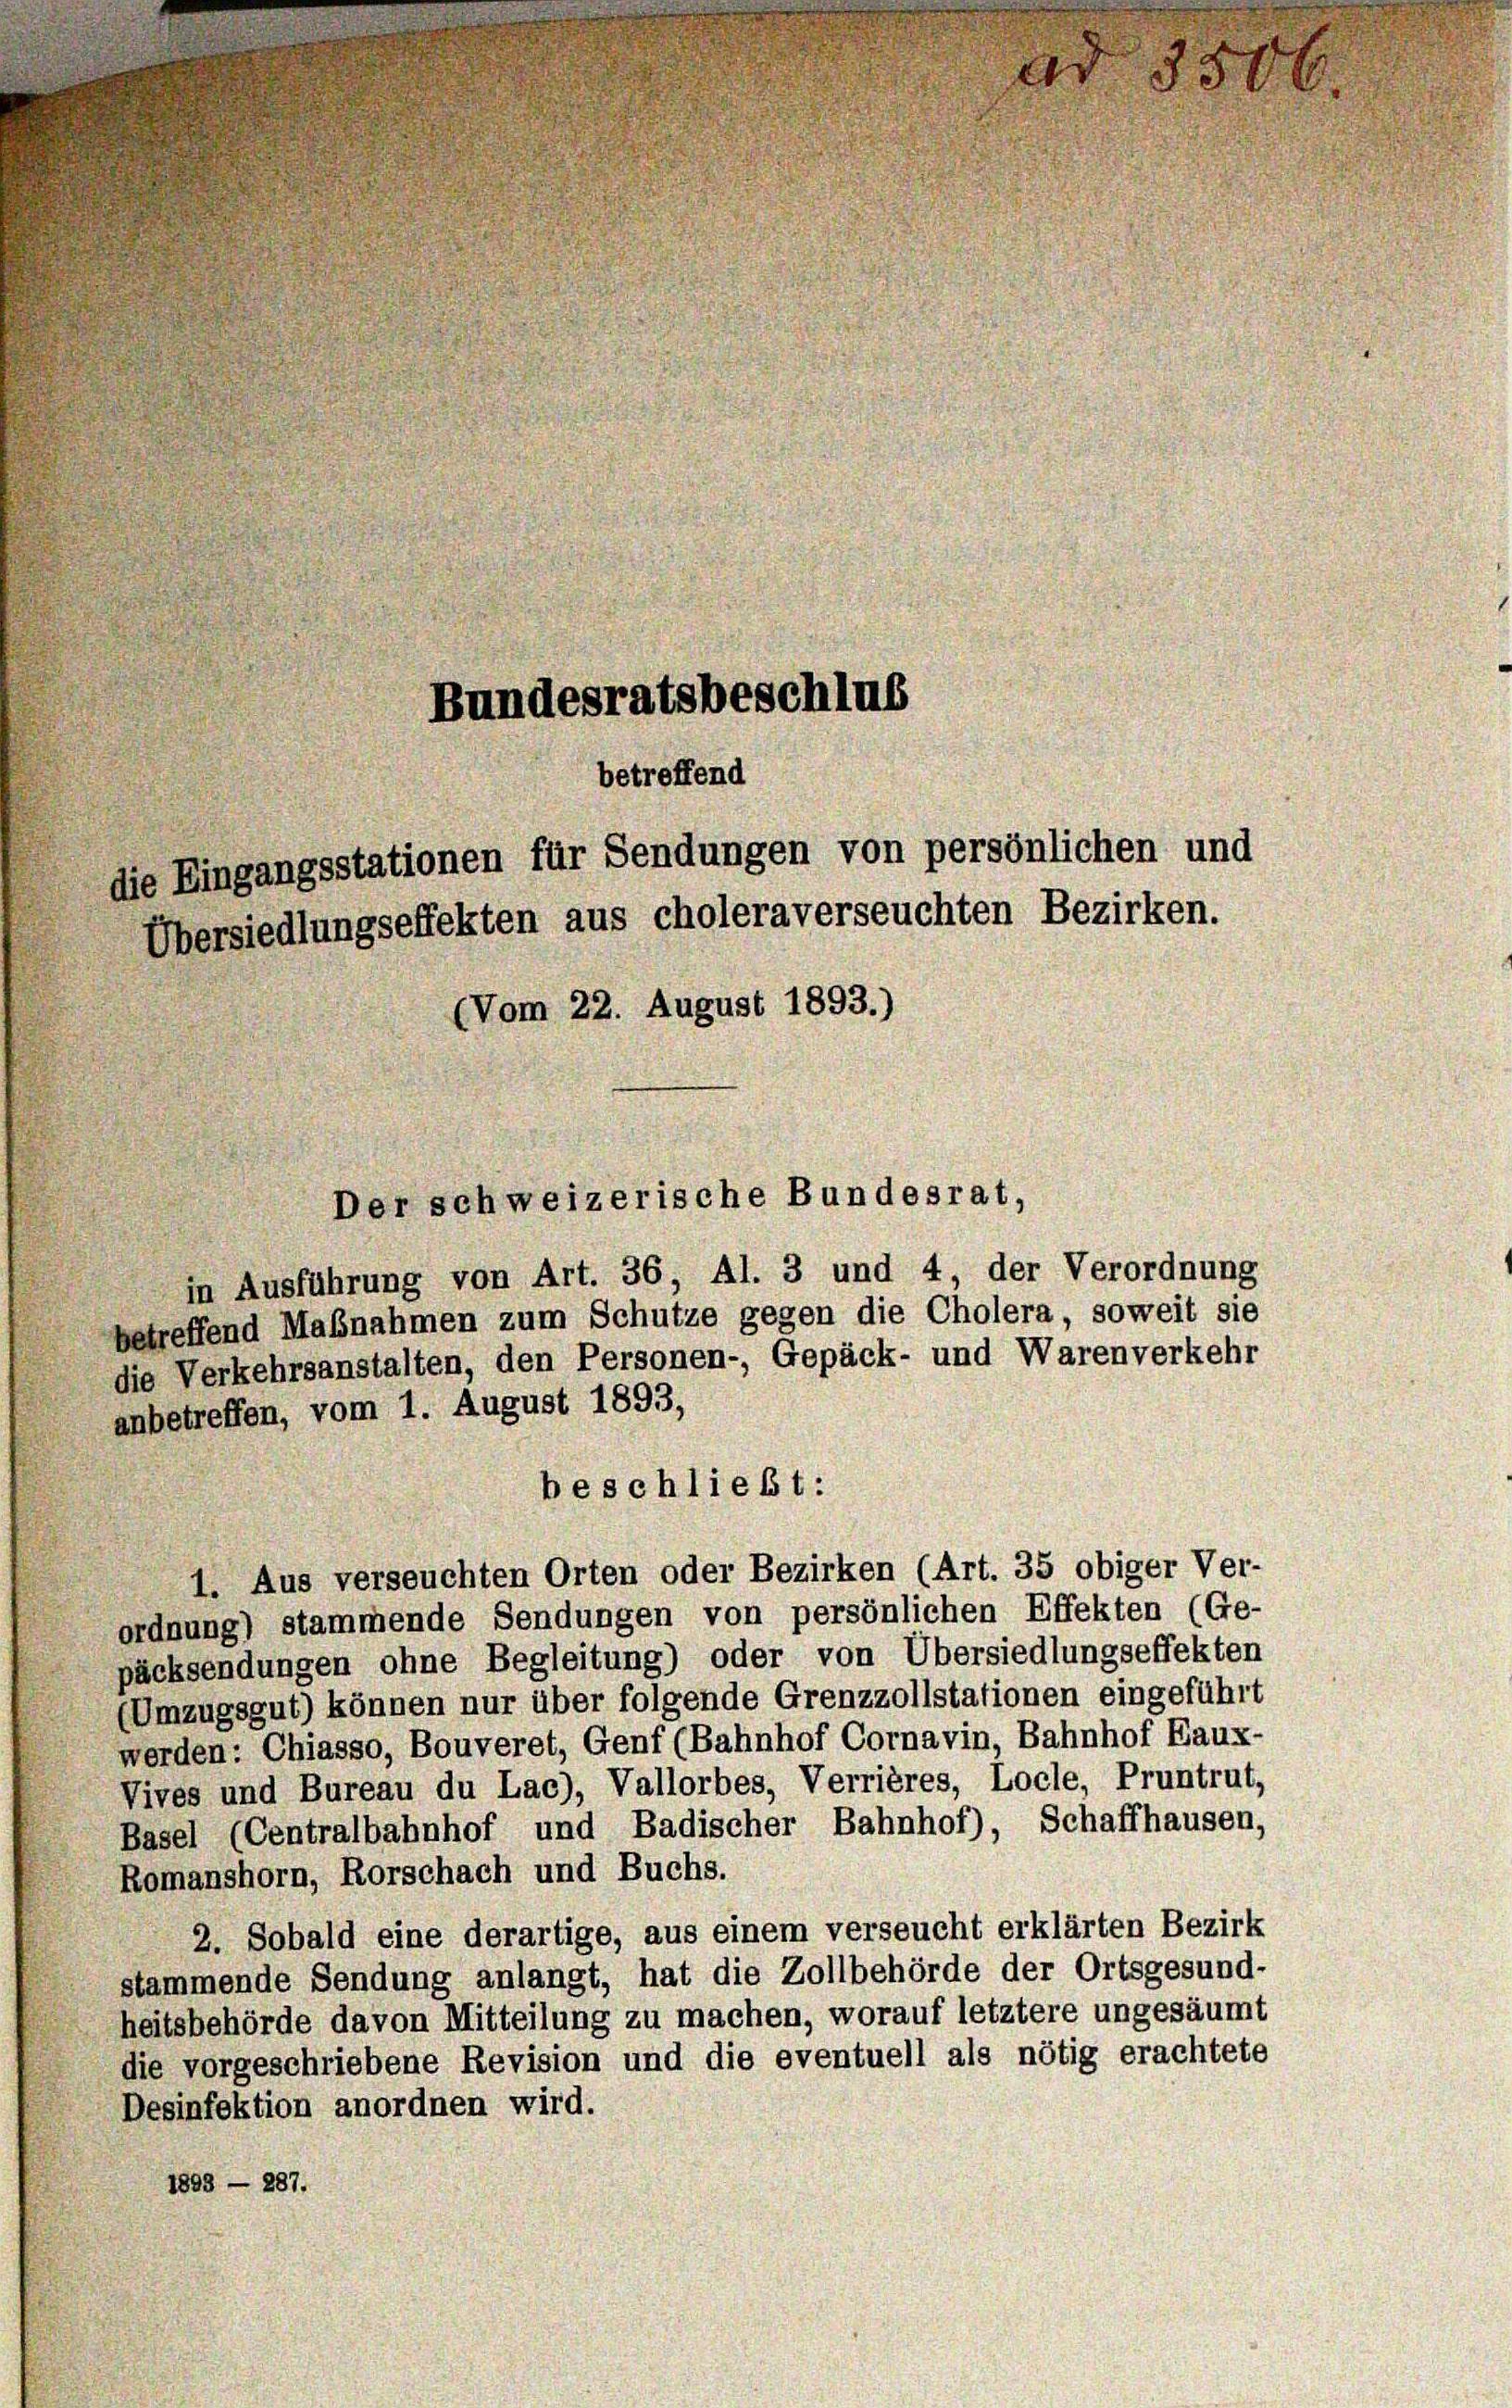
Bundesratsbeschlus
betreffend
die Eingangsstationen für Sendungen von persönlichen und
Übersiedlungseffekten aus choleraverseuchten Bezirken.
(Vom 22. August 1893.)

in Ausführung von Art. 36, Al. 3 und 4 der Verordnung
betreffend Maßnahmen zum Schutze gegen die Cholera, soweit sie
die Verkehrsanstalten, den Personen-, Gepäck- und Warenverkehr
anbetreffen, vom 1. August 1893,
beschließt:
1. Aus verseuchten Orten oder Bezirken (Art. 35 obiger Ver-
ordnung) stammende Sendungen von persönlichen Effekten (Ge-
päcksendungen ohne Begleitung) oder von Übersiedlungseffekten
(Umzugsgut) können nur über folgende Grenzzollstationen eingeführt
werden: Chiasso, Bouveret, Genf (Bahnhof Cornavin, Bahnhof Eaux-
Vives und Bureau du Lac), Vallorbes, Verrières, Locle, Pruntrut,
Basel (Centralbahnhof und Badischer Bahnhof), Schaffhausen,
Romanshorn, Rorschach und Buchs.
2. Sobald eine derartige, aus einem verseucht erklärten Bezirk
stammende Sendung anlangt, hat die Zollbehörde der Ortsgesund-
heitsbehörde davon Mitteilung zu machen, worauf letztere ungesäumt
die vorgeschriebene Revision und die eventuell als nötig erachtete
Desinfektion anordnen wird.
1893 — 287.

Der schweizerische Bundesrat,

3506